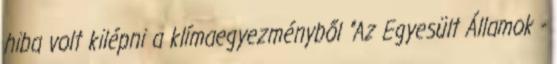
hiba volt kilépni a klímaegyezményből "Az Egyesült Államok -